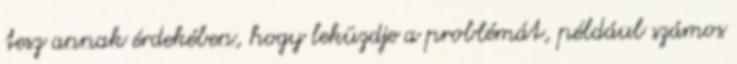
tesz annak érdekében, hogy leküzdje a problémát, például számos